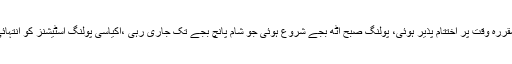
واضح رہے کہ میرپور آزاد کشمیر میں پولنگ وقت کے مطابق شروع ہوئی اور مقررہ وقت پر اختتام پذیر ہوئی، پولنگ صبح آٹھ بجے شروع ہوئی جو شام پانچ بجے تک جاری رہی ،اکیاسی پولنگ اسٹیشنز کو انتہائی حساس قرار دیا گیا ہے، جبکہ بارش بھی کارکنوں کے جوش کو کم نہ کرسکی۔